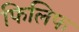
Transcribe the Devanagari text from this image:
फिलिफ